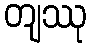
တျဿု